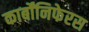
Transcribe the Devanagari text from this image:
कार्बोंनिफेरस